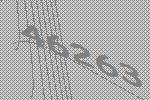
46263